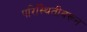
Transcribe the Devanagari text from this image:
परिस्थितीवरून